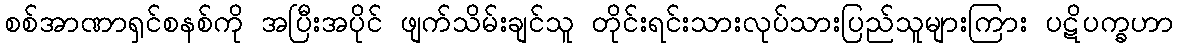
စစ်အာဏာရှင်စနစ်ကို အပြီးအပိုင် ဖျက်သိမ်းချင်သူ တိုင်းရင်းသားလုပ်သားပြည်သူများကြား ပဋိပက္ခဟာ